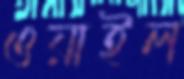
ওয়াইল